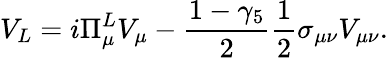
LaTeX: V_{L}=i\Pi_{\mu}^{L}V_{\mu}-\frac{1-\gamma_{5}}{2}\frac{1}{2}\sigma_{\mu\nu}V_{\mu\nu}.